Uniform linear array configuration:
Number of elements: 24
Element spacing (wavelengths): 1
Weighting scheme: kaiser
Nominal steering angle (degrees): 30
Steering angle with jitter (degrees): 29.228
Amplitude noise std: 0.05
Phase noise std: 0.05

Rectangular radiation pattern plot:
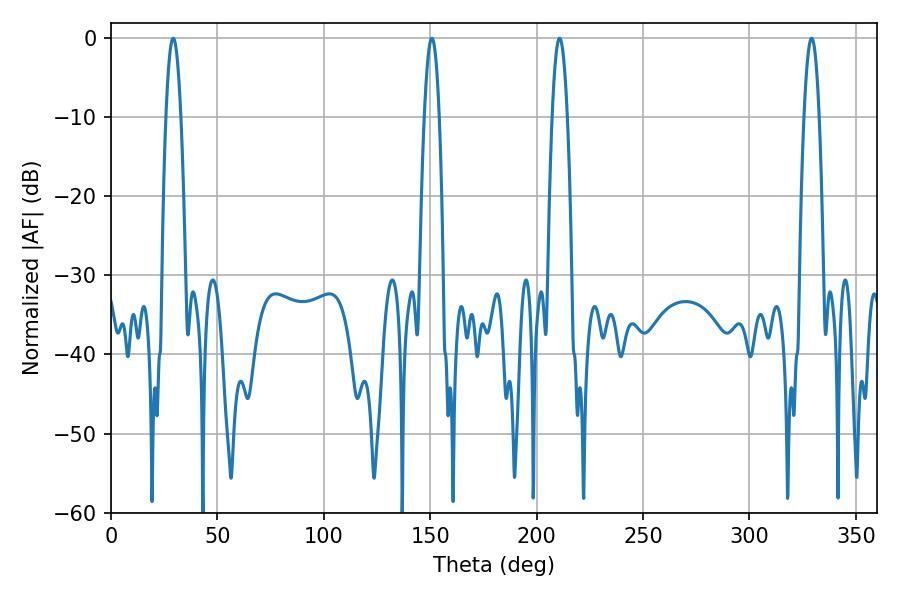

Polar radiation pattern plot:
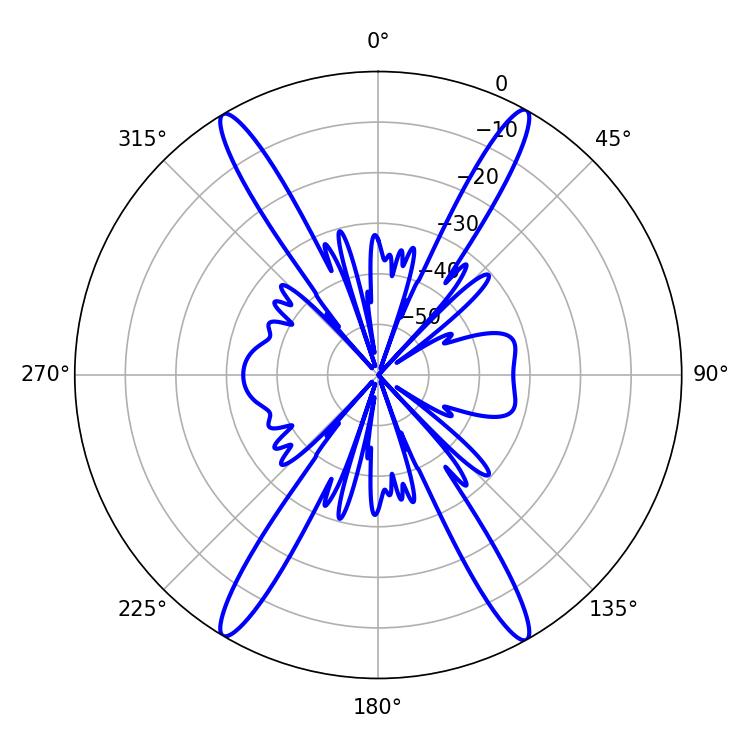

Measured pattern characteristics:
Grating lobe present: TRUE
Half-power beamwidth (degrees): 3.96
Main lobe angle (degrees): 210.78